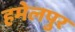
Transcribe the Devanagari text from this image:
हमेलपुर